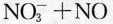
NO_{3}^{-}+NO